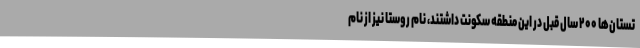
تستان‌ها ۲۰۰ سال قبل در این منطقه سکونت داشتند، نام روستا نیز از نام